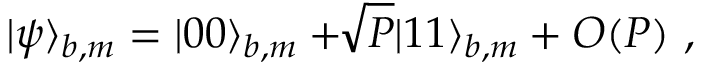
| \psi \rangle _ { b , m } = | 0 0 \rangle _ { b , m } + \! \! \sqrt { P } | 1 1 \rangle _ { b , m } + { \cal O } ( P ) \, \, ,